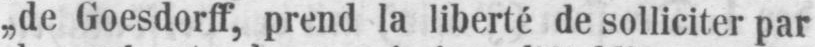
„de Goesdorff, prend la liberté de solliciter par